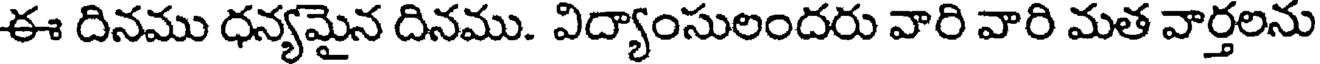
ఈ దినము ధన్యమైన దినము. విద్యాంసులందరు వారి వారి మత వార్తలను